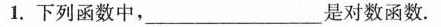
1.下列函数中，_____ ___是对数函数。